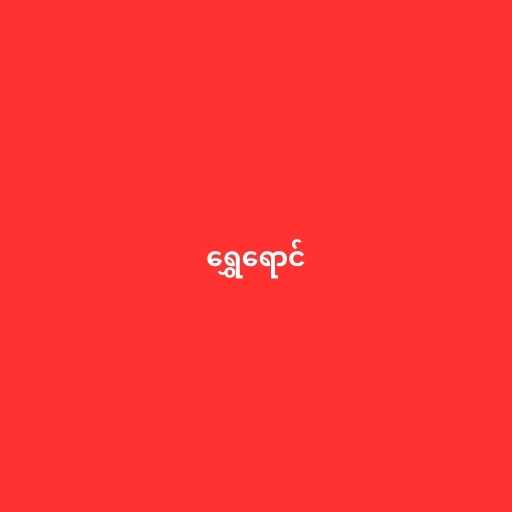
ရွှေရောင်